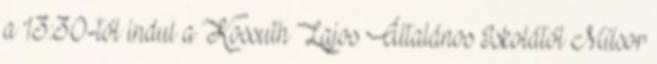
a 13:30-tól indul a Kossuth Lajos Általános Iskolától Műsor